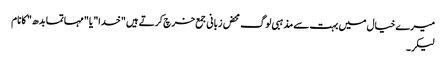
میرے خیال میں بہت سے مذہبی لوگ محض زبانی جمع خرچ کرتے ہیں "خدا" یا "مہاتما بدھ" کا نام
لیکر۔